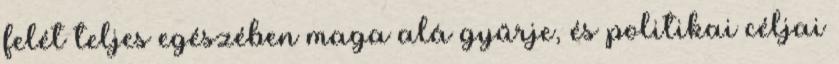
felét teljes egészében maga alá gyűrje, és politikai céljai